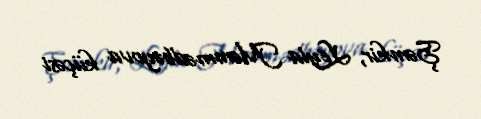
Şəmkir, Leyla Məmmədbəyova küçəsi